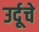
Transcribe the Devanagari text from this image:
उर्दूचे